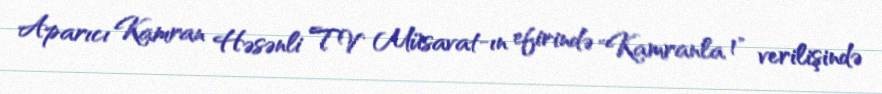
Aparıcı Kamran Həsənli TV Müsavat-ın efirində "Kamranla 1" verilişində